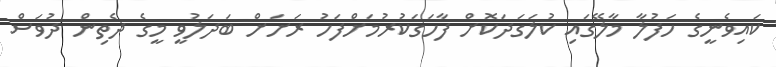
ކައިވެނީގެ ހަފުލާ މާލޭގައި ކުލަގަދަކޮށް ފާހަގަކުރުމަށްފަހު ރަށަށް ބަދަލުވީ މީގެ ދެތިން ދުވަސް